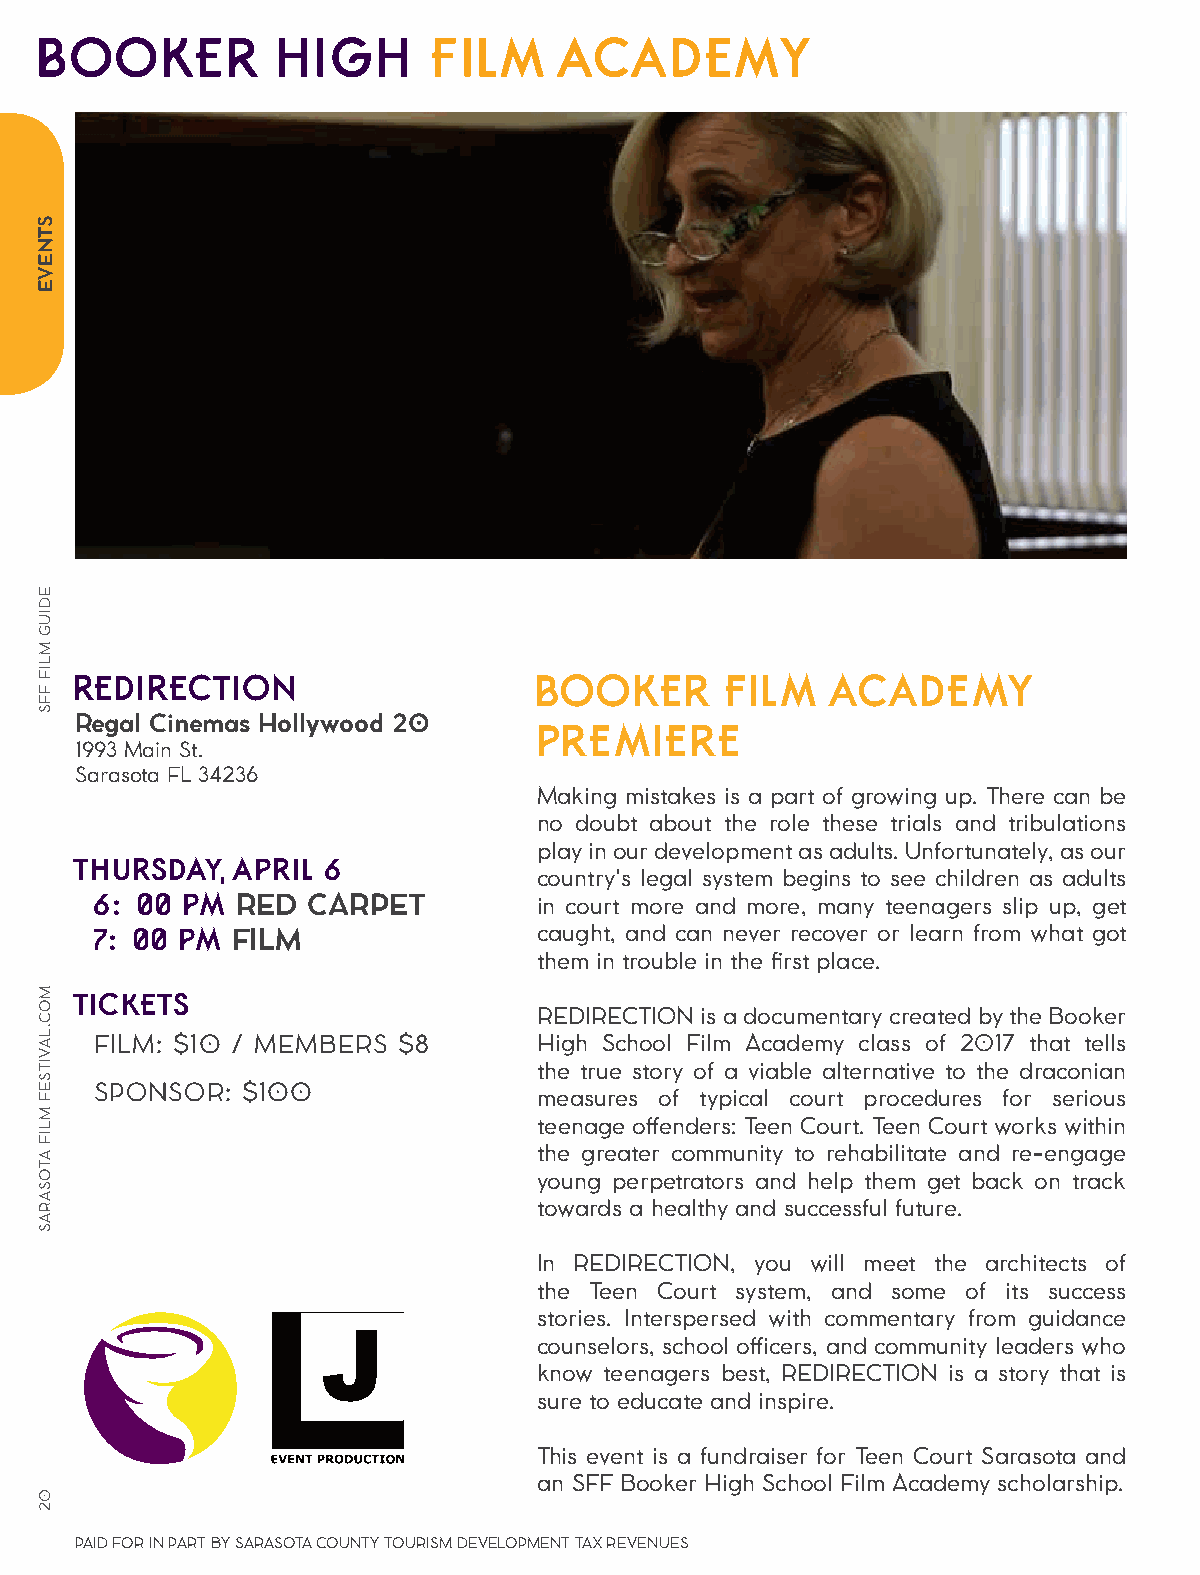
BOOKER         HIGH       FILM    ACADEMY
 REDIRECTION                    BOOKER      FILM   ACADEMY
 Regal Cinemas Hollywood 20     PREMIERE
 1993 Main St.
 Sarasota FL 34236
 Making mistakes is a part of growing up. There can be
 no doubt about the role these trials and tribulations
 play in our development as adults. Unfortunately, as our
 THURSDAY,  APRIL 6
 country's legal system begins to see children as adults
 6:00  PM  RED CARPET          in court more and more, many teenagers slip up, get
 7:00  PM FILM                 caught, and can never recover or learn from what got
 them in trouble in the first place.
 TICKETS
 REDIRECTION is a documentary created by the Booker
 FILM: $10 / MEMBERS $8        High School Film Academy class of 2017 that tells
 the true story of a viable alternative to the draconian
 SPONSOR:  $100
 measures of typical court procedures for serious
 teenage offenders: Teen Court. Teen Court works within
 the greater community to rehabilitate and re-engage
 young perpetrators and help them get back on track
 towards a healthy and successful future.
 In REDIRECTION, you will meet the architects of
 the Teen Court system, and some of its success
 stories. Interspersed with commentary from guidance
 counselors, school officers, and community leaders who
 know teenagers best, REDIRECTION is a story that is
 sure to educate and inspire.
 This event is a fundraiser for Teen Court Sarasota and
 an SFF Booker High School Film Academy scholarship.
 PAID FOR IN PART BY SARASOTA COUNTY TOURISM DEVELOPMENT TAX REVENUES
 STNEVE
 EDIUG
 MLIF
 FFS
 MOC.LAVITSEF
 MLIF
 ATOSARAS
 02